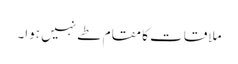
ملاقات کا مقام طے نہیں ہوا۔